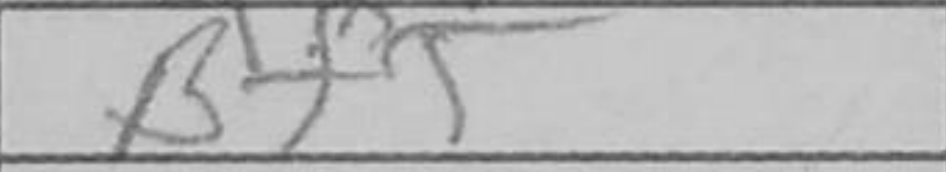
Transcription: Bf5